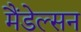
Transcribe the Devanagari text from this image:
मैंडेल्सन